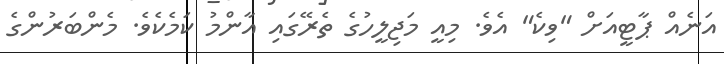
އަނެއް ޕާޓީއަށް "ވިކެ" އެވެ. މިއީ މަޖިލީހުގެ ތެރޭގައި އާންމު ކަމެކެވެ. މެންބަރުންގެ